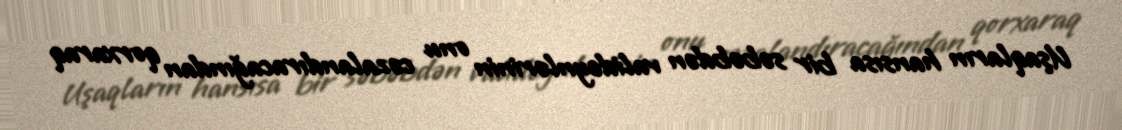
Uşaqların hansısa bir səbəbdən valideynlərinin onu cəzalandıracağından qorxaraq